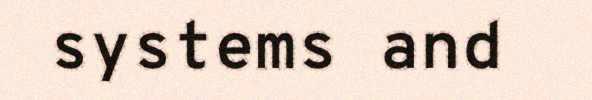
systems and